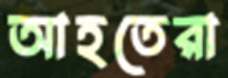
আহতেরা